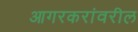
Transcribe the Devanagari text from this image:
आगरकरांवरील